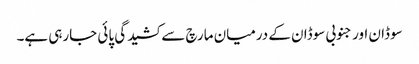
سوڈان اور جنوبی سوڈان کے درمیان مارچ سے کشیدگی پائی جارہی ہے۔